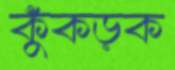
কুঁকড়ক